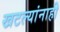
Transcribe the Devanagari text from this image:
खटल्यांनाही